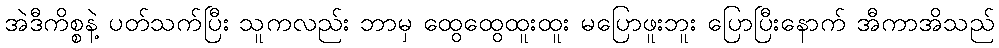
အဲဒီကိစ္စနဲ့ ပတ်သက်ပြီး သူကလည်း ဘာမှ ထွေထွေထူးထူး မပြောဖူးဘူး ပြောပြီးနောက် အီကာအိသည်